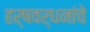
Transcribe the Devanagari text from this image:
हर्षवर्धनांचे